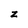
Character: z